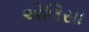
એલિસા